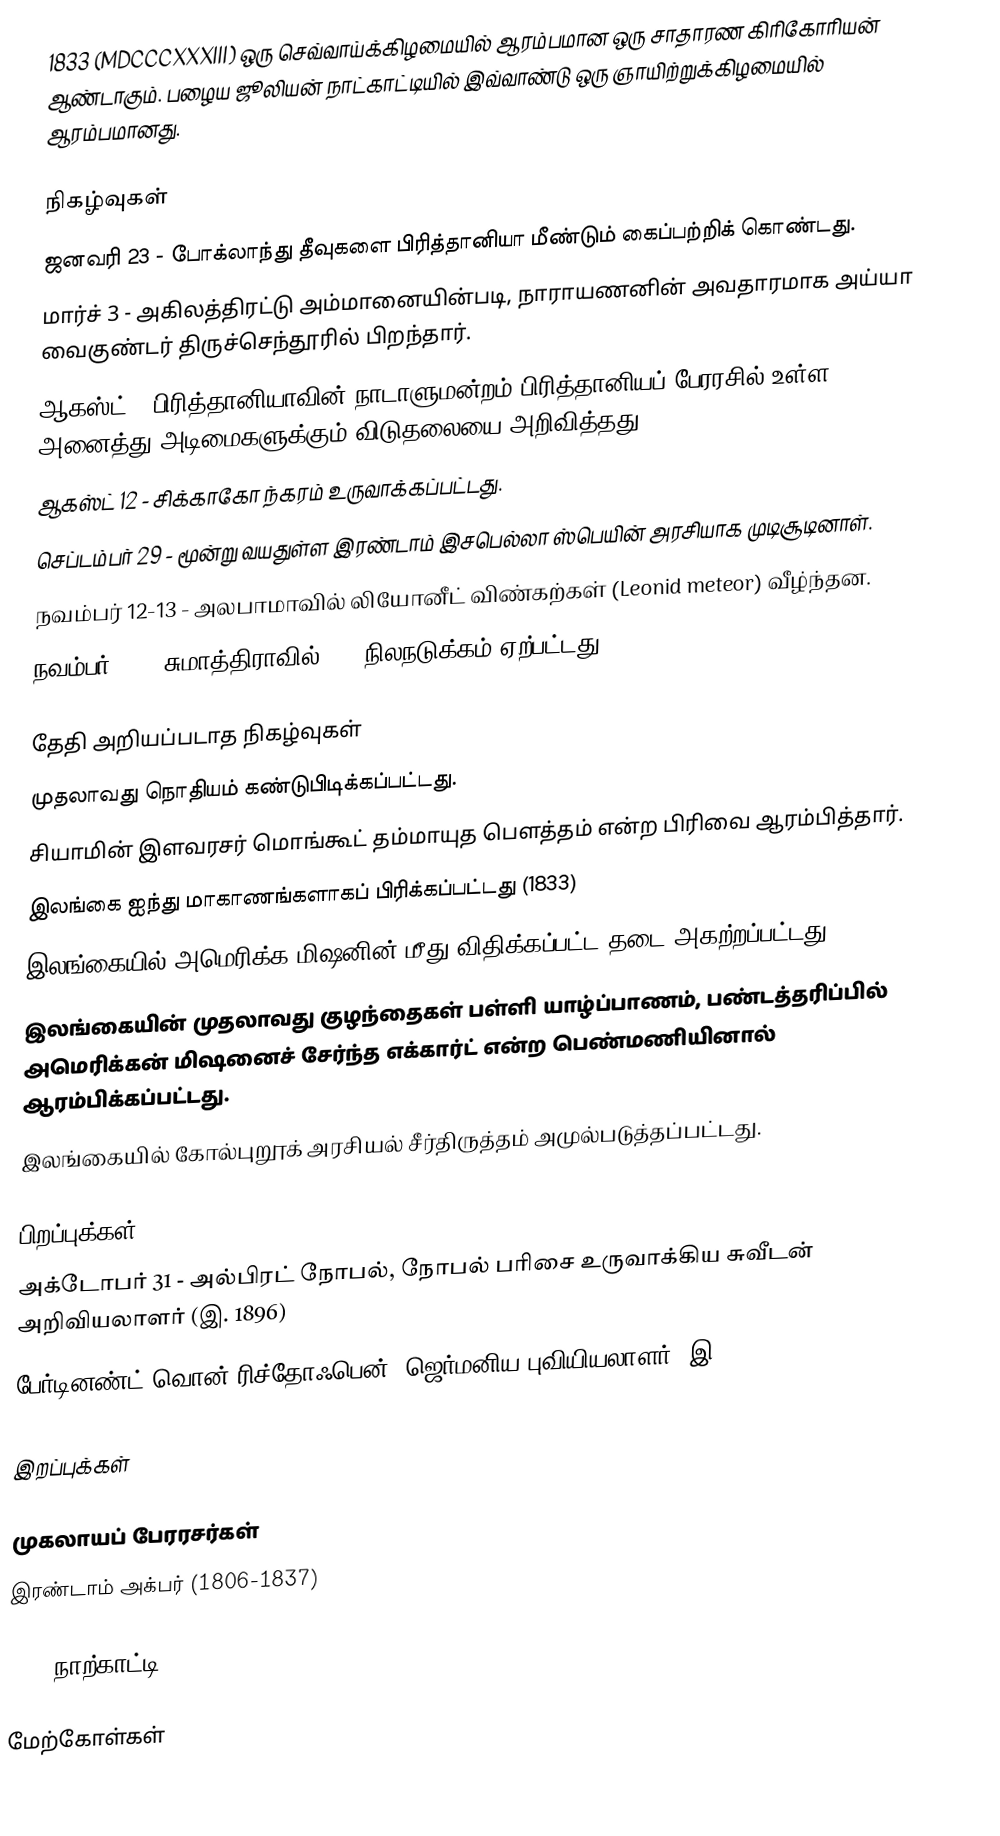
1833  (MDCCCXXXIII) ஒரு செவ்வாய்க்கிழமையில் ஆரம்பமான ஒரு சாதாரண கிரிகோரியன் ஆண்டாகும். பழைய ஜூலியன் நாட்காட்டியில் இவ்வாண்டு ஒரு ஞாயிற்றுக்கிழமையில் ஆரம்பமானது.

நிகழ்வுகள்
 ஜனவரி 23 - போக்லாந்து தீவுகளை பிரித்தானியா மீண்டும் கைப்பற்றிக் கொண்டது.
 மார்ச் 3 - அகிலத்திரட்டு அம்மானையின்படி, நாராயணனின் அவதாரமாக அய்யா வைகுண்டர் திருச்செந்தூரில் பிறந்தார்.
 ஆகஸ்ட் - பிரித்தானியாவின் நாடாளுமன்றம் பிரித்தானியப் பேரரசில் உள்ள அனைத்து அடிமைகளுக்கும் விடுதலையை அறிவித்தது.
 ஆகஸ்ட் 12 - சிக்காகோ ந்கரம் உருவாக்கப்பட்டது.
 செப்டம்பர் 29 - மூன்று வயதுள்ள இரண்டாம் இசபெல்லா ஸ்பெயின் அரசியாக முடிசூடினாள்.
 நவம்பர் 12-13 - அலபாமாவில் லியோனீட் விண்கற்கள் (Leonid meteor) வீழ்ந்தன.
 நவம்பர் 25 - சுமாத்திராவில் 8.7 நிலநடுக்கம் ஏற்பட்டது.

தேதி அறியப்படாத நிகழ்வுகள்
 முதலாவது நொதியம் கண்டுபிடிக்கப்பட்டது.
 சியாமின் இளவரசர் மொங்கூட் தம்மாயுத பௌத்தம் என்ற பிரிவை ஆரம்பித்தார்.
 இலங்கை ஐந்து மாகாணங்களாகப் பிரிக்கப்பட்டது (1833)
 இலங்கையில் அமெரிக்க மிஷனின் மீது விதிக்கப்பட்ட தடை அகற்றப்பட்டது.
 இலங்கையின் முதலாவது குழந்தைகள் பள்ளி யாழ்ப்பாணம், பண்டத்தரிப்பில் அமெரிக்கன் மிஷனைச் சேர்ந்த எக்கார்ட் என்ற பெண்மணியினால் ஆரம்பிக்கப்பட்டது.
 இலங்கையில் கோல்புறூக் அரசியல் சீர்திருத்தம் அமுல்படுத்தப்பட்டது.

பிறப்புக்கள்
 அக்டோபர் 31 - அல்பிரட் நோபல், நோபல் பரிசை உருவாக்கிய சுவீடன் அறிவியலாளர் (இ. 1896)
 பேர்டினண்ட் வொன் ரிச்தோஃபென், ஜெர்மனிய புவியியலாளர் (இ. 1905)

இறப்புக்கள்

முகலாயப் பேரரசர்கள்
 இரண்டாம் அக்பர் (1806-1837)

1833 நாற்காட்டி

மேற்கோள்கள்